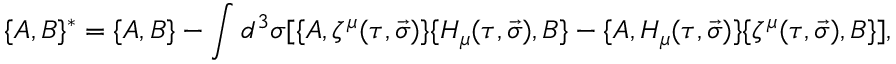
\lbrace A , B \rbrace { } ^ { * } = \lbrace A , B \rbrace - \int d ^ { 3 } \sigma [ \lbrace A , \zeta ^ { \mu } ( \tau , \vec { \sigma } ) \rbrace \lbrace { \cal H } _ { \mu } ( \tau , \vec { \sigma } ) , B \rbrace - \lbrace A , { \cal H } _ { \mu } ( \tau , \vec { \sigma } ) \rbrace \lbrace \zeta ^ { \mu } ( \tau , \vec { \sigma } ) , B \rbrace ] ,